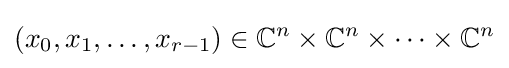
(x_{0},x_{1},\dots ,x_{r-1})\in \mathbb {C} ^{n}\times \mathbb {C} ^{n}\times \dots \times \mathbb {C} ^{n}